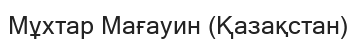
Мұхтар Мағауин (Қазақстан)